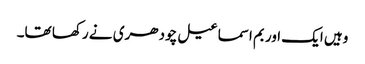
وہیں ایک اور بم اسماعیل چودھری نے رکھا تھا۔